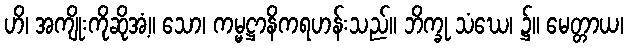
ဟိ၊ အကျိုးကိုဆိုအံ့။ သော၊ ကမ္မဋ္ဌာနိကရဟန်းသည်။ ဘိက္ခု သံဃေ၊ ၌။ မေတ္တာယ၊